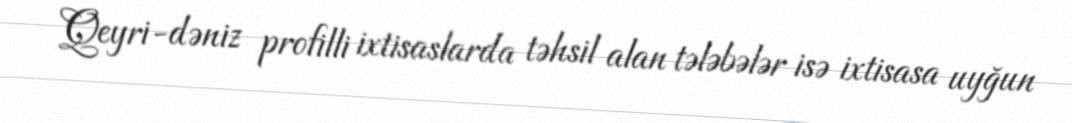
Qeyri-dəniz profilli ixtisaslarda təhsil alan tələbələr isə ixtisasa uyğun